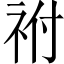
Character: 祔